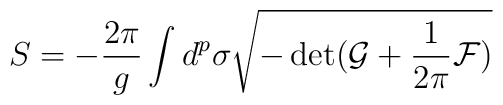
S=-\frac{2\pi}{g}\int d^{p}\sigma \sqrt{-\det(\mathcal{G}+\frac{1}{2\pi}\mathcal{F})}